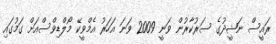
ރައީސް ނަޝީދުގެ ސަރުކާރުން ވަނީ 2009 ވަނަ އަހަރު އެމްވީކޭ މޯލްޑިވްސްއަށް ގަމުގައި